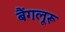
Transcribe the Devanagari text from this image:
बैंगलूरू